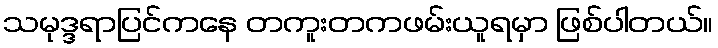
သမုဒ္ဒရာပြင်ကနေ တကူးတကဖမ်းယူရမှာ ဖြစ်ပါတယ်။